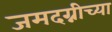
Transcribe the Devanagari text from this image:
जमदग्नीच्या